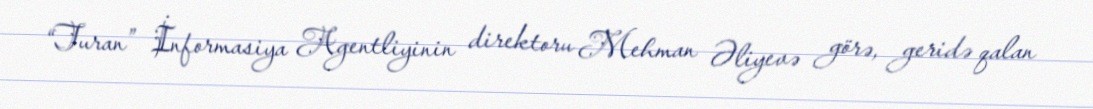
“Turan” İnformasiya Agentliyinin direktoru Mehman Əliyevə görə, geridə qalan